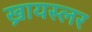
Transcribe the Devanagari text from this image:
ख्रायस्लर